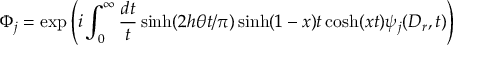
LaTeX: \Phi _ { j } = \exp \left( i \int _ { 0 } ^ { \infty } \frac { d t } { t } \sinh ( 2 h \theta t / \pi ) \sinh ( 1 - x ) t \cosh ( x t ) \psi _ { j } ( D _ { r } , t ) \right)